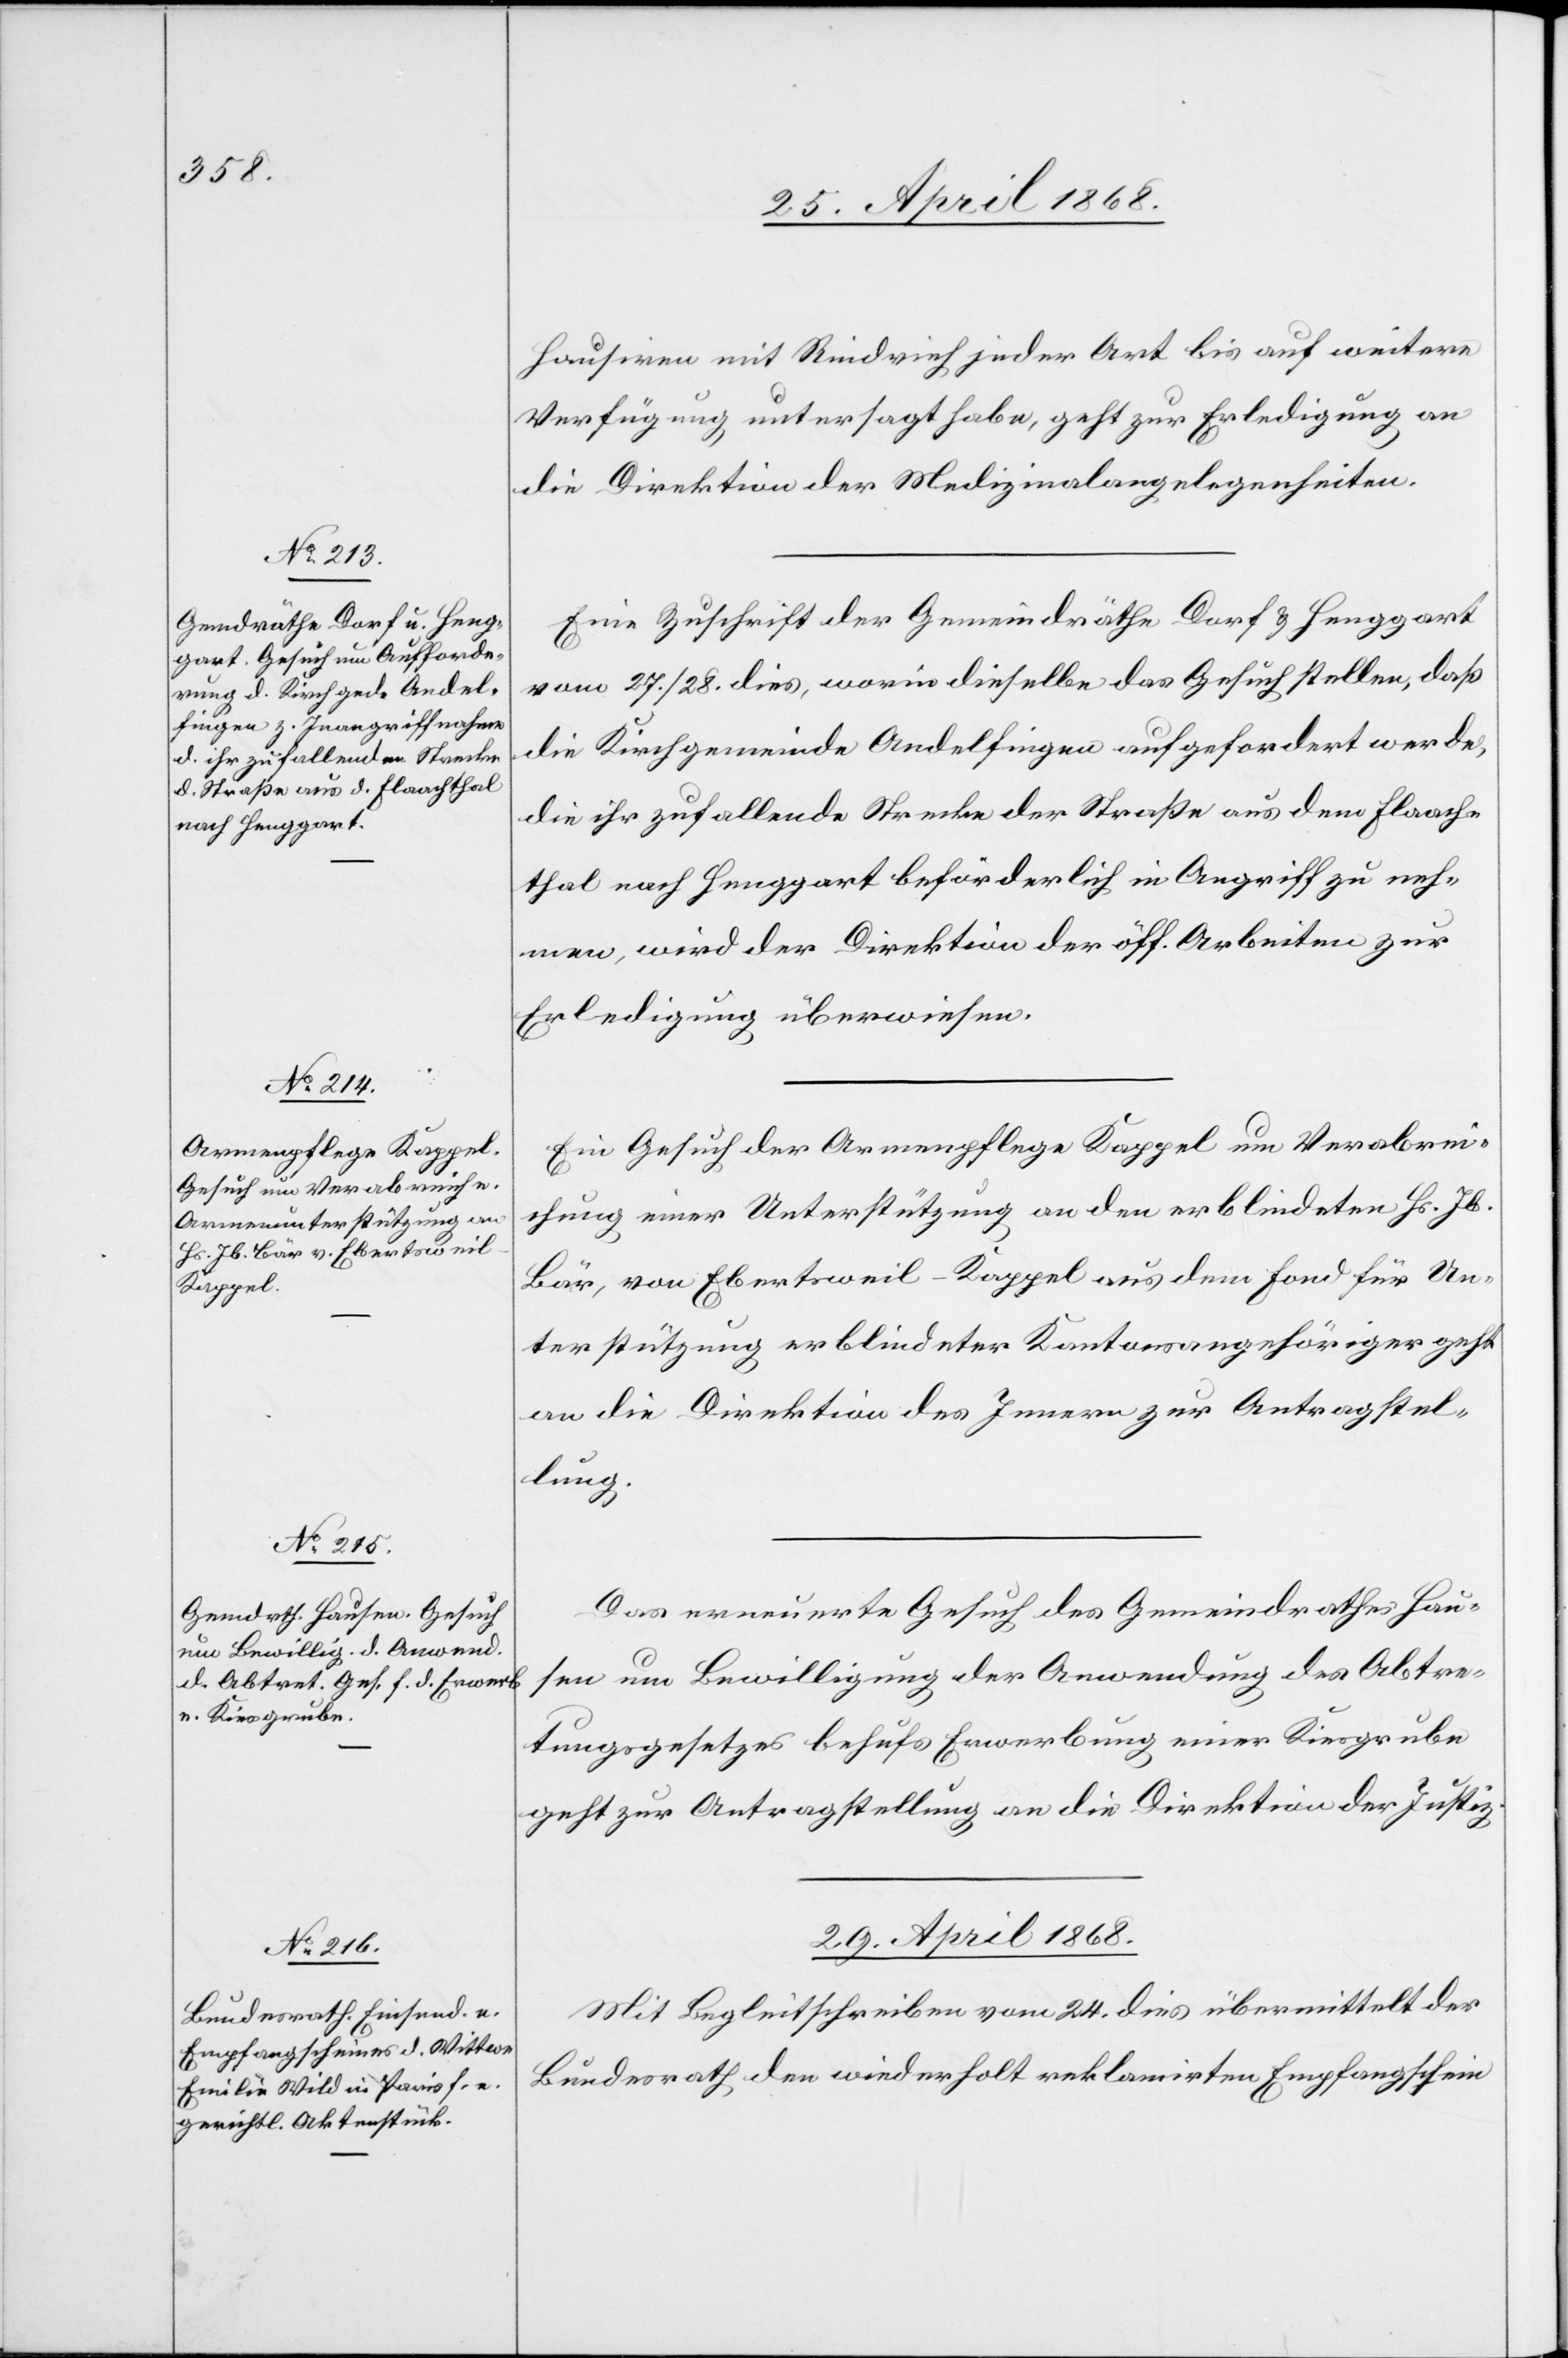
Hausiren mit Rindvieh jeder Art bis auf weitere
Verfügung untersagt habe, geht zur Erledigung an
die Direktion der Medizinalangelegenheiten.
Eine Zuschrift der Gemeindräthe Dorf & Henggart
vom 27. / 28. dies, worin dieselbe[n] das Gesuch stellen, daß
die Kirchgemeinde Andelfingen aufgefordert werde,
die ihr zufallende Strecke der Straße aus dem Flaach¬
thal nach Henggart beförderlich in Angriff zu neh¬
men, wird der Direktion der öff. Arbeiten zur
Erledigung überwiesen.
Ein Gesuch der Armenpflege Kappel um Verabrei¬
chung einer Unterstützung an den erblindeten Hs. Jb.
Bär, von Ebertsweil-Kappel aus dem Fond für Un¬
terstützung erblindeter Kantonsangehöriger geht
an die Direktion des Innern zur Antragstel¬
lung.
Das erneuerte Gesuch des Gemeindrathes Hau¬
sen um Bewilligung der Anwendung des Abtre¬
tungsgesetzes behufs Erwerbung einer Kiesgrube
geht zur Antragstellung an die Direktion der Justiz.
29. April 1868.
Mit Begleitschreiben vom 24. dies übermittelt der
Bundesrath den wiederholt reklamirten Empfangschein